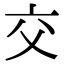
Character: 交